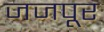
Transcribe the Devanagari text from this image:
जजपूर